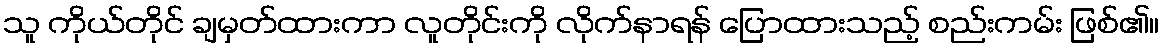
သူ ကိုယ်တိုင် ချမှတ်ထားကာ လူတိုင်းကို လိုက်နာရန် ပြောထားသည့် စည်းကမ်း ဖြစ်၏။